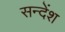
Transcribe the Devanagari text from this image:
सन्देंश